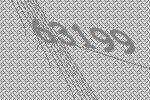
63199